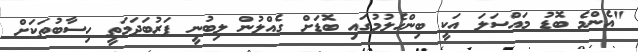
"އެންމެ ބޮޑު މައްސަލަ އަކީ ބިންހެލުމުގައި ބޮޑަށް ގެއްލުން ލިބުނީ ފަރުބަދަމަތީ ހިސާބުތަކަށް